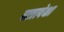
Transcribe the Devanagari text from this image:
पात्रापेक्षा